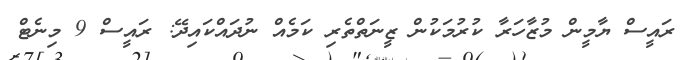
ރައީސް ޔާމީން މުޒާހަރާ ކުރުމަކުން ޒީނަތްތެރި ކަމެއް ނުދައްކައިދޭ: ރައީސް 9 މިނެޓް